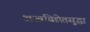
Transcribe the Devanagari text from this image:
अस्त्रविद्येतसुद्धा